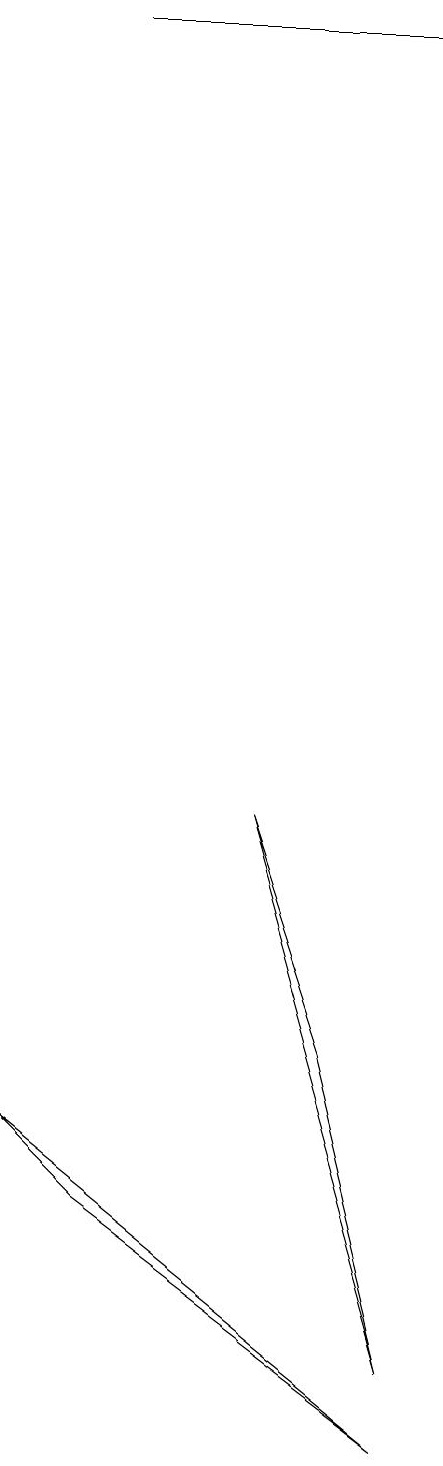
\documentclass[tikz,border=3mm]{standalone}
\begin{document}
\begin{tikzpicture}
\draw (3,8) -- (4,5) -- (5,1) -- cycle;
\draw[->] (1,18) -- (5,18);
\draw (1,3) -- (0,4) -- (5,0) -- cycle;
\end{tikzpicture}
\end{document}